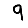
Digit: 9